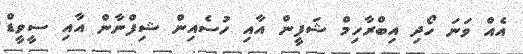
އެއް ވަނަ ހޯދި އިބްރާހިމް ޝަފީން އާއި ހުސެއިން ޝިފްނާން އާއި ސީވީޑް